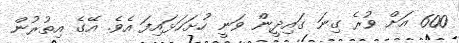
600 އަށް ވުރެ ގިނަ ގައިދީން ވަނީ ހުށަހަޅައިފަ އެވެ. އޭގެ އިތުރުން